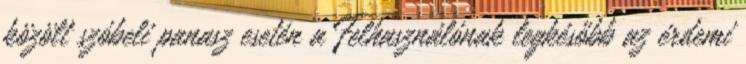
közölt szóbeli panasz esetén a Felhasználónak legkésőbb az érdemi